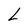
Character: L